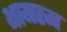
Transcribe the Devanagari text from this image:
थायरम